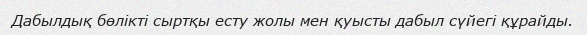
Дабылдық бөлікті сыртқы есту жолы мен қуысты дабыл сүйегі құрайды.